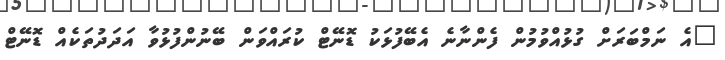
"އެ ނަމްބަރަށް ގުޅުއްވުމުން ފެންނާނެ އެބޭފުޅަކު ޑޮނޭޓް ކުރައްވަން ބޭނުންފުޅުވާ އަދަދުތަކެއް ޑޮނޭޓް